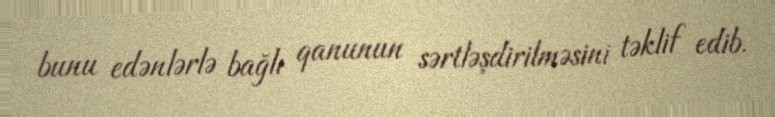
bunu edənlərlə bağlı qanunun sərtləşdirilməsini təklif edib.